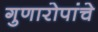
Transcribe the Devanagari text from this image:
गुणारोपांचे